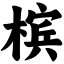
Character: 槟